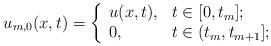
LaTeX: \begin{align*} u_{m,0}(x,t) = \left\{\begin{array}{ll} u(x,t),& t \in [0,t_m];\\ 0, & t\in (t_m,t_{m+1}]; \end{array}\right.\end{align*}